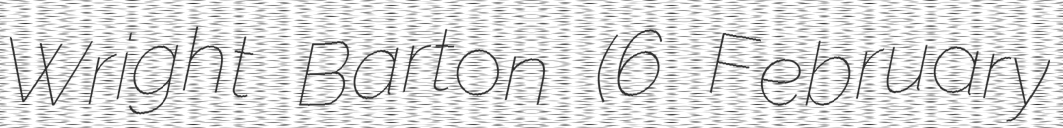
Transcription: Wright Barton (6 February